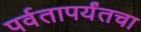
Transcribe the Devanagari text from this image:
पर्वतापर्यंतचा